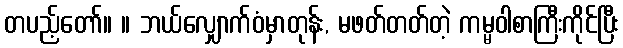
တပည့်တော်။ ။ ဘယ်လျှောက်ဝံမှာတုန်း, မဖတ်တတ်တဲ့ ကမ္မဝါစာကြီးကိုင်ပြီး